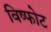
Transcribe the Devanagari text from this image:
विष्फोट